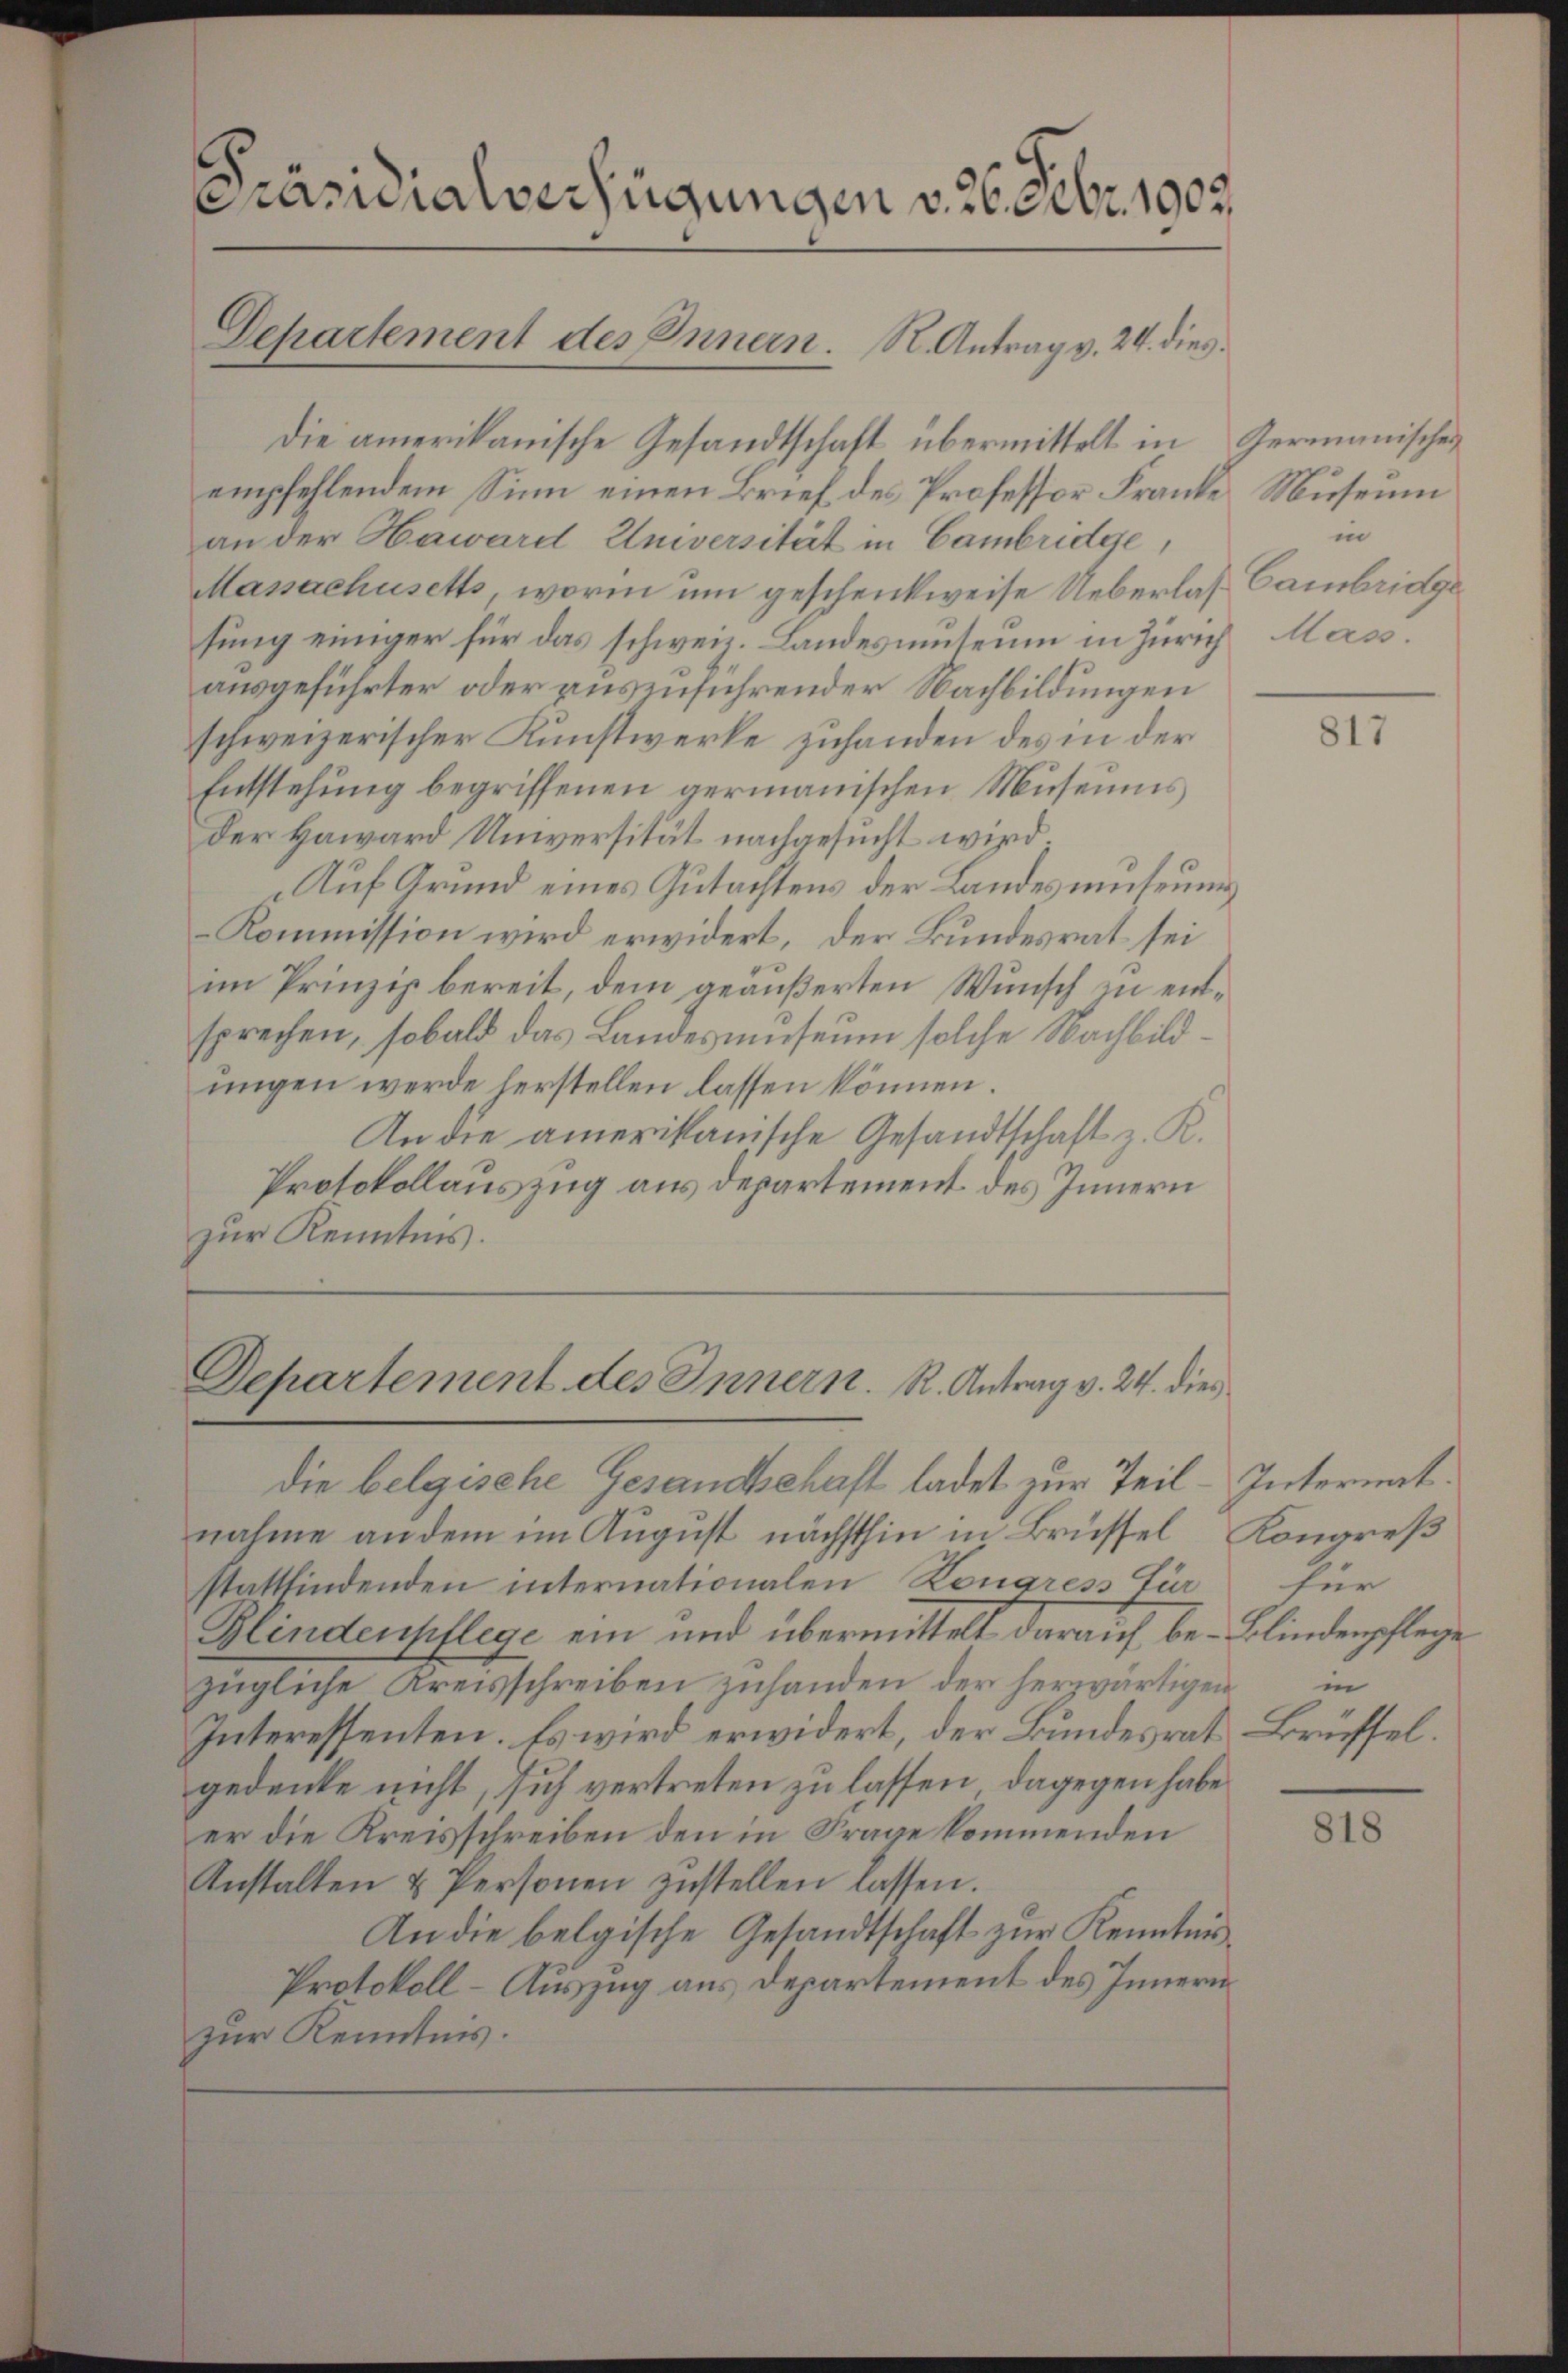
Präsidialverfügungen v. 26. Febr. 1902.
Departement des Innern. R. Antrag v. 24. dies

Die amerikanische Gesandtschaft übermittelt in Germanischer
empfehlendem Sinn einen Brief des Professor Franke Museum
an der Haward Universität in Cambridge
Massachusetts, worin um geschenkweise Ueberlas- Cambridgesung einiger für das schweiz. Landesmuseum in Zürich Mass
ausgeführter oder auszuführender Nachbildungen
schweizerischer Kunstwerke zuhanden des in der
Entstehung begriffenen germanischen Museums
der Haward Universität nachgesucht wird.
Auf Grund eines Gutachtens der Landesumuseums
Kommission wird erwidert, der Bundesrat sei
im Prinzip bereit, dem geäußerten Wunsch zu entsprechen, sobald das Landesmuseum solche Nachbildungen werde herstellen lassen können.
An die amerikanische Gesandtschaft z. R.
Protokollauszug aus departement des Innern
zur Kenntnis.

Departement des Innern. R. Antrag v. 24. dies

die belgische Gesandtschaft ladet zur Teil-Internat.
nahme andern im August nächsthin in Brüssel, Kongreß
stattfindenden internationalen Kongress für
Blindenpflege ein und übermittelt darauf be- Blindenpflege
zügliche Kreisschreiben zuhanden der herzwärtigen in
Interessenten. Es wird erwidert, der Bundesrat Brüssel.
gedenke nicht, sich vertreten zu lassen, dagegen habe
er die Kreisschreiben den in Frage kommenden
Anstalten u Personen zustellen lassen.
An die belgische Gesandtschaft zur Kenntnis
Protokoll-Auszug aus Departement des Innern
zur Kenntnis.

in

817

für

818